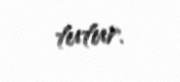
tutur.